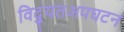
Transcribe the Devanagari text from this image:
विद्युतअपघटन